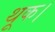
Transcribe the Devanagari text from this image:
थूक।